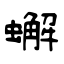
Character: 蠏